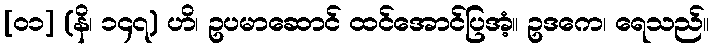
[၀၁] (နိ၊ ၁၄၇) ဟိ၊ ဥပမာဆောင် ထင်အောင်ပြအံ့။ ဥဒကေ၊ ရေသည်။